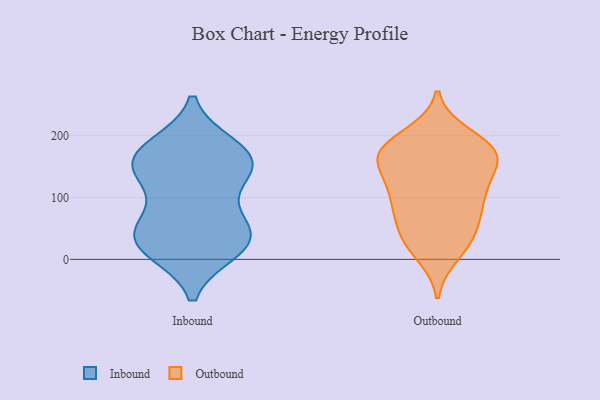
{"axis": {"x": "Website Visitors", "y": "Value"}, "legend": ["Inbound", "Outbound"], "data": [{"x": "", "y": 75, "type": "Inbound"}, {"x": "", "y": 22, "type": "Inbound"}, {"x": "", "y": 42, "type": "Inbound"}, {"x": "", "y": 159, "type": "Inbound"}, {"x": "", "y": 51, "type": "Inbound"}, {"x": "", "y": 37, "type": "Inbound"}, {"x": "", "y": 135, "type": "Inbound"}, {"x": "", "y": 162, "type": "Inbound"}, {"x": "", "y": 139, "type": "Inbound"}, {"x": "", "y": 178, "type": "Inbound"}, {"x": "", "y": 182, "type": "Inbound"}, {"x": "", "y": 15, "type": "Inbound"}, {"x": "", "y": 151, "type": "Inbound"}, {"x": "", "y": 22, "type": "Inbound"}, {"x": "", "y": 10, "type": "Outbound"}, {"x": "", "y": 155, "type": "Outbound"}, {"x": "", "y": 168, "type": "Outbound"}, {"x": "", "y": 199, "type": "Outbound"}, {"x": "", "y": 49, "type": "Outbound"}, {"x": "", "y": 136, "type": "Outbound"}, {"x": "", "y": 62, "type": "Outbound"}, {"x": "", "y": 26, "type": "Outbound"}, {"x": "", "y": 104, "type": "Outbound"}, {"x": "", "y": 104, "type": "Outbound"}, {"x": "", "y": 177, "type": "Outbound"}, {"x": "", "y": 160, "type": "Outbound"}, {"x": "", "y": 183, "type": "Outbound"}, {"x": "", "y": 174, "type": "Outbound"}, {"x": "", "y": 33, "type": "Outbound"}, {"x": "", "y": 173, "type": "Outbound"}, {"x": "", "y": 94, "type": "Outbound"}, {"x": "", "y": 94, "type": "Outbound"}]}